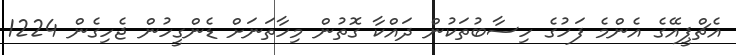
އެޗްޕީއޭގެ އެންމެ ފަހުގެ ހިސާބުތަކުން ދައްކާ ގޮތުން މިހާތަނަށް ޑެންގީހުން ޖެހިގެން 1224